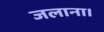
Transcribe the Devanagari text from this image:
जलाना।